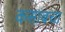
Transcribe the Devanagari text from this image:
कसाबचा